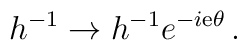
h^{-1}\to h^{-1}{e}^{-i {\mathrm{e}}\theta}\,.